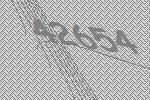
42654